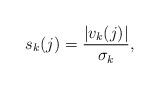
LaTeX: \begin{align*}s_k(j) = \frac{ |v_k(j)|}{\sigma_k},\end{align*}